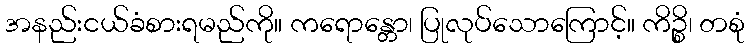
အနည်းငယ်ခံစားရမည်ကို။ ကရောန္တော၊ ပြုလုပ်သောကြောင့်။ ကိဉ္စိ၊ တစုံ